Lunatic asylums Bombay report 1878-1890 - 1878-1890
Year: 1878
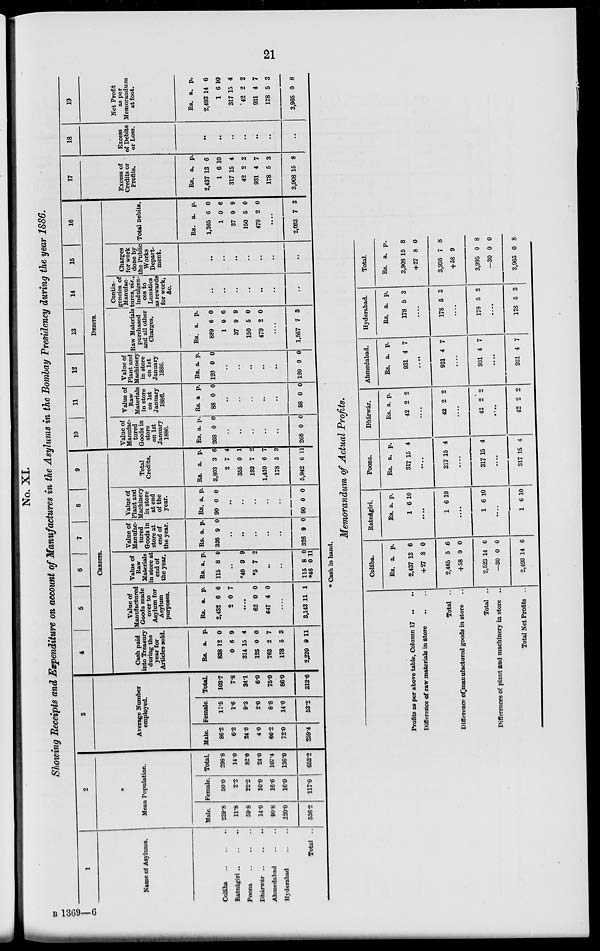
21
No. XI.
Showing Receipts and Expenditure on account of Manufactures in the Asylums in the Bombay Presidency during the year 1886.
1
Name of Asylums.
Colába
..
..
..
Ratnágiri
..
..
..
Poona
..
..
..
Dhárwár
..
..
..
Ahmedabad .. ..
Hyderabad .. ..
Total ..
2
Mean Population.
Male.
239.8
11.8
59.8
14.0
90.8
120.0
536.2
Female.
50.0
2.2
22.2
10.0
16.6
16.0
117.0
Total.
298.8
14.0
82.0
24.0
107.4
136.0
653.2
3
Average Number
employed.
Male.
86.2
6.2
24.8
4.0
66.2
72.0
259.4
Female.
17.5
1.6
9.3
2.0
8.8
14.0
53.2
Total.
103.7
7.8
34.1
6.0
75.0
86.0
312.6
4
5
6
7
8
9
CREDITS.
Cash paid
into Treasury
during the
year for
Articles sold.
Rs.
838
0
314
125
763
178
2,220
a.
12
6
15
0
2
5
9
p.
0
9
4
0
7
3
11
Value of
Manufactured
Goods made
over to
Asylum for
Asylum
purposes.
Rs.
2,432
2
a.
6
0
p.
6
7
....
62
647
0
4
0
0
....
3,143
11
1
Value of
Raw
Materials
in store at
end of
the year.
Rs.
115
a.
8
p.
0
..
*40
*5
9
7
9
2
..
..
115
*46
8
0
0
11
Value of
Manufac-
tured
Goods in
store at
end of
the year.
Rs.
326
a.
9
p.
0
..
..
..
..
..
326 9 0
Value of
Plant and
Machinery
in store
at end
of the
year.
Rs.
90
a.
0
p.
0
..
..
..
..
..
90 0 0
Total
Credits.
Rs.
3,803
2
355
192
1,410
178
5,942
a.
3
7
9
7
6
5
6
p.
6
4
1
2
7
3
11
10
11
12
13
14
15
16
DEBITS.
Value of
Manufac-
tured
Goods in
store
on 1st
January
1886.
Rs.
268
a.
0
p.
0
..
..
..
..
..
268 0 0
Value of
Raw
Materials
in store
on 1st
January
1880.
Rs.
88
a
0
p.
0
..
..
..
..
..
88 0 0
Value of
Plant and
Machinery
in store
on 1st
January
1886.
Rs.
120
a.
0
p.
0
..
..
..
..
..
120 0 0
Raw Materials
purchased
and all other
Charges.
Rs.
889
1
37
150
479
a.
6
0
9
5
2
p.
0
6
9
0
0
....
1,557 7 3
Contin-
gencies of
Manufac-
tures, viz.,
indulgen-
ces to
Lunatics
as rewards
for work,
&c.
..
..
..
..
..
..
..
Charges
for work
done by
the Public
Works
Depart-
ment.
..
..
..
..
..
..
..
Total Debits.
Rs.
1,365
1
37
150
479
a.
6
0
9
5
2
p.
0
6
9
0
0
....
2,033 7 3
17
Excess of
Credits or
Profits.
Rs.
2,437
1
317
42
931
178
3,908
a.
13
6
15
2
4
5
15
p.
6
10
4
2
7
3
8
18
Excess
of Debits
or Loss.
..
..
..
..
..
..
..
19
Net Profit
as per
Memorandum
at foot.
Rs.
2,493
1
317
42
931
178
3,965
a.
14
6
15
2
4
5
0
p.
6
10
4
2
7
3
8
* Cash in hand.
Memorandum of Actual Profits.
Profits as per above table, Column 17 .. ..
Difference of raw materials in store .. ..
Total ..
Difference of manufactured goods in store ..
Total ..
Differences of plant and machinery in store ..
Total Net Profits ..
Colába.
Rs.
2,437
+27
2,465
+58
2,523
—30
2,493
a.
13
8
5
9
14
0
14
p.
6
0
6
0
6
0
6
Ratnágiri.
Rs.
1
a.
6
p.
10
....
1 6 10
....
1 6 10
....
1 6 10
Poona.
Rs.
317
a.
15
p.
4
....
317 15 4
....
317 15 4
....
317 15 4
Dhárwár.
Rs.
42
a.
2
p.
2
....
42 2 2
....
42 2 2
....
42 2 2
Ahmedabad.
Rs.
931
a.
4
p.
7
....
931 4 7
....
931 4 7
....
931 4 7
Hyderabad.
Rs.
178
a.
5
p.
3
....
178 5 3
....
178 5 3
....
178 5 3
Total.
Rs.
3,908
+27
3,936
+58
3,995
—30
3,965
a.
15
8
7
9
0
0
0
p.
8
0
8
8
0
8
B 1369—6